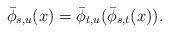
LaTeX: \begin{align*} \bar{\phi}_{s,u}(x) = \bar{\phi}_{t,u}(\bar{\phi}_{s,t} (x)). \end{align*}